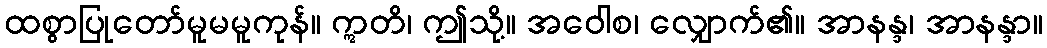
ထစွာပြုတော်မူမမူကုန်။ ဣတိ၊ ဤသို့။ အဝေါစ၊ လျှောက်၏။ အာနန္ဒ၊ အာနန္ဒာ။